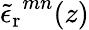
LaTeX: {\tilde{\epsilon}_{\mathrm{r}}}^{mn}(z)